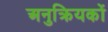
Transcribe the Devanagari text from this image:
अनुक्रियकों